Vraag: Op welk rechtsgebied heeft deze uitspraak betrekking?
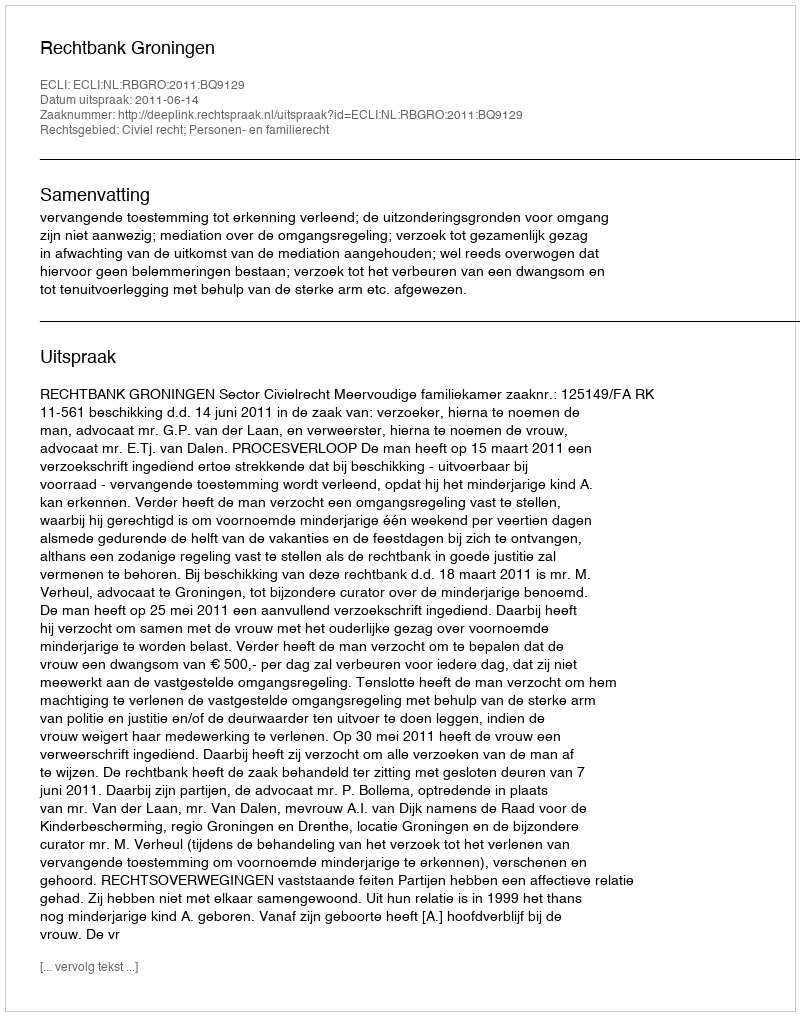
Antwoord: Civiel recht; Personen- en familierecht